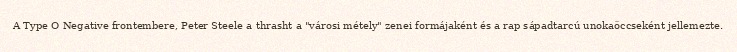
A Type O Negative frontembere, Peter Steele a thrasht a "városi métely" zenei formájaként és a rap sápadtarcú unokaöccseként jellemezte.